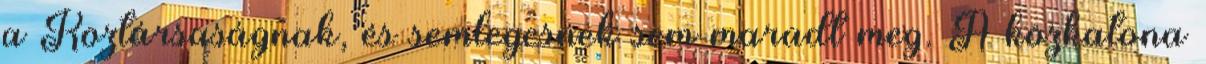
a Köztársaságnak, és semlegesnek sem maradt meg. A közkatona